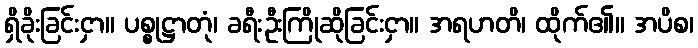
ရှိခိုးခြင်းငှာ။ ပစ္စုဋ္ဌာတုံ၊ ခရီးဦးကြိုဆိုခြင်းငှာ။ အရဟတိ၊ ထိုက်၏။ အပိစ၊